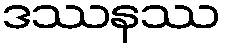
ဒဿနဿ